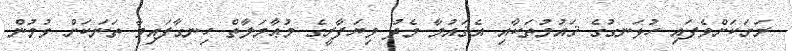
ރަށަކަށްވެފައި ހުޅަނގުގެ ޤައުމުތަކާއި އެޤައުމާ މެދު ވިޔަފާރީގެ މުޢާމަލާތް ހިނގާފައިވާ ތަނަކަށް ވުމުން